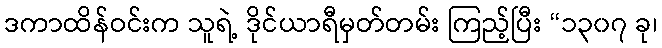
ဒကာထိန်ဝင်းက သူရဲ့ ဒိုင်ယာရီမှတ်တမ်း ကြည့်ပြီး “၁၃၀၇ ခု၊